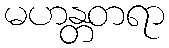
မဟန္တတရာ